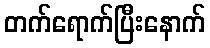
တက်ရောက်ပြီးနောက်